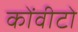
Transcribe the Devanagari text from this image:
कोंवीटो